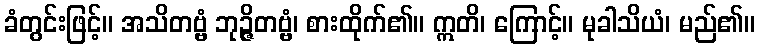
ခံတွင်းဖြင့်။ အသိတဗ္ဗံ ဘုဉ္ဇိတဗ္ဗံ၊ စားထိုက်၏။ ဣတိ၊ ကြောင့်။ မုခါသိယံ၊ မည်၏။